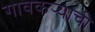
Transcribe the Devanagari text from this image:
गावकर्‍याची